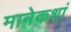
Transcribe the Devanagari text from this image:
मानेकशां